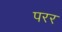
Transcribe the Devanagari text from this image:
परर